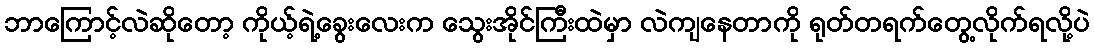
ဘာကြောင့်လဲဆိုတော့ ကိုယ့်ရဲ့ခွေးလေးက သွေးအိုင်ကြီးထဲမှာ လဲကျနေတာကို ရုတ်တရက်တွေ့လိုက်ရလို့ပဲ